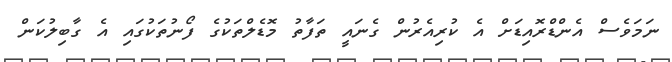
ނަމަވެސް އެންޑްރޮއިޑަށް އެ ކުރިއެރުން ގެނައީ ތަފާތު މޮޑެލްތަކުގެ ފޯނުތަކުގައި އެ ގާބިލުކަން